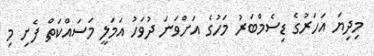
މިދިޔަ އަހަރުގެ ޑިސެމްބަރު މަހުގެ އަށްވަނަ ދުވަހު އަމަލީ މަސައްކަތް ފެށި މި